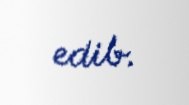
edib.